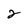
Character: 2